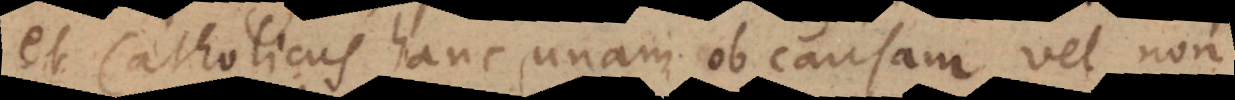
et Catholicus hanc unam ob causam vel non